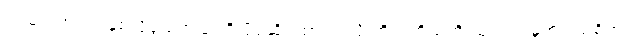
ရှင်မင်းအာက နှစ်လိုဖွယ်အပြုံးကို ပိုင်ဆိုင်ထားသလို ကိုယ့်ကိုယ်ကို ယုံကြည်မှုအပြည့်ရှိတဲ့